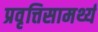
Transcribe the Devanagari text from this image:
प्रवृत्तिसामर्थ्य